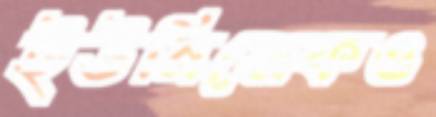
ইউনিসেফও